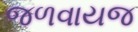
જળવાયજ